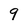
Character: 9